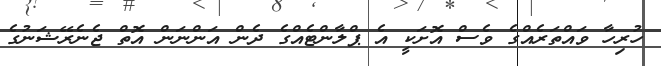
ހުރިހާ ވައްތަރެއްގެ ވެސް އޮށަކީ އެ ޕްލާންޓެއްގެ ދެން އަންނަން އޮތް ޖެނެރޭޝަނުގެ